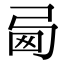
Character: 㢴